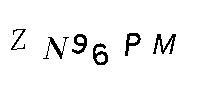
ZN96PM